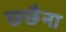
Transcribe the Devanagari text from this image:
छ्छैना